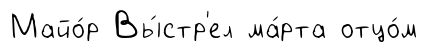
Майо́р Вы́стр'ел ма́рта отцо́м